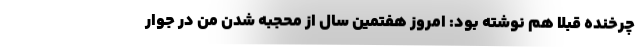
چرخنده قبلا هم نوشته بود: امروز هفتمین سال از محجبه شدن من در جوار